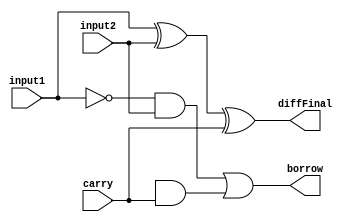
//Subtractor -created by Deva

module FullSubtractor (diffFinal, carry, borrow, input1, input2);

input input1, input2, carry;
output diffFinal, borrow;

xor xor1(diffInitial, input1, input2);
xor xor2(diffFinal, diffInitial, carry);
not not1(not1Output, diffInitial);
and and1(and1Output, not1Ouput, carry);

not not2(not2Output, input1);
and and2(and2Output, not2Output, input2);

or or1(borrow, and2Output, and1Output);

endmodule